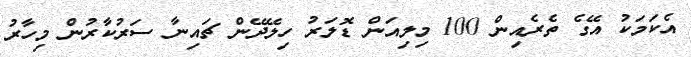
އެކަަމަކު އޭގެ ތެރެއިން 100 މިލިއަން ޑޮލަރު ހިލޭދޭން ޗައިނާ ސަރުކާރުން މިހާރު